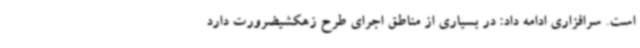
است. سرافزاری ادامه داد: در بسیاری از مناطق اجرای طرح زهکشیضرورت دارد